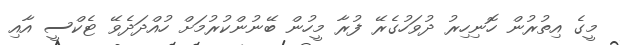
މީގެ އިތުރުން ހޮނިހިރު ދުވަހުގެރޭ ފުރާ މީހުން ބޭނުންކުރުމަށް ހުއްދަދެވޭ ޓެކްސީ އާއި